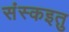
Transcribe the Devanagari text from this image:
संस्कइतु